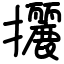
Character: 攦